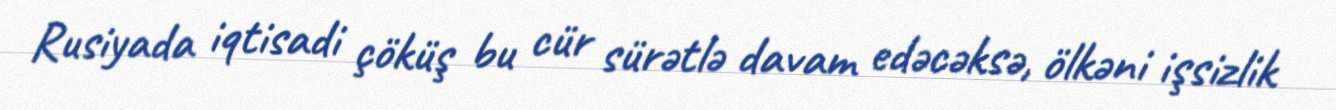
Rusiyada iqtisadi çöküş bu cür sürətlə davam edəcəksə, ölkəni işsizlik